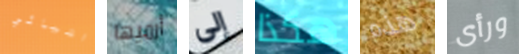
اشيائي أرميها إلى هكذا هذه ورأى